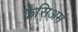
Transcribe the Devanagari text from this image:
कैसिअम